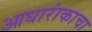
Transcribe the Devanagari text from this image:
आधारांकाचा